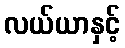
လယ်ယာနှင့်